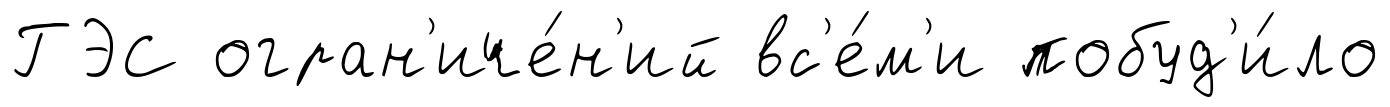
ГЭС огран'иче́н'ий вс'е́м'и побуд'и́ло